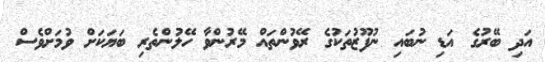
އަދި ބޭރުގެ އަޑި ނުބައި ނުފޫޒުތަކުގެ ރޭވުންތައް މޭރުންވާ ހޭލުންތެރި ބަޔަކަށް ވުމަށްވެސް